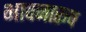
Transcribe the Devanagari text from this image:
भावनारूप